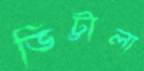
ভিট্টালা